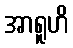
အာရူဟိ